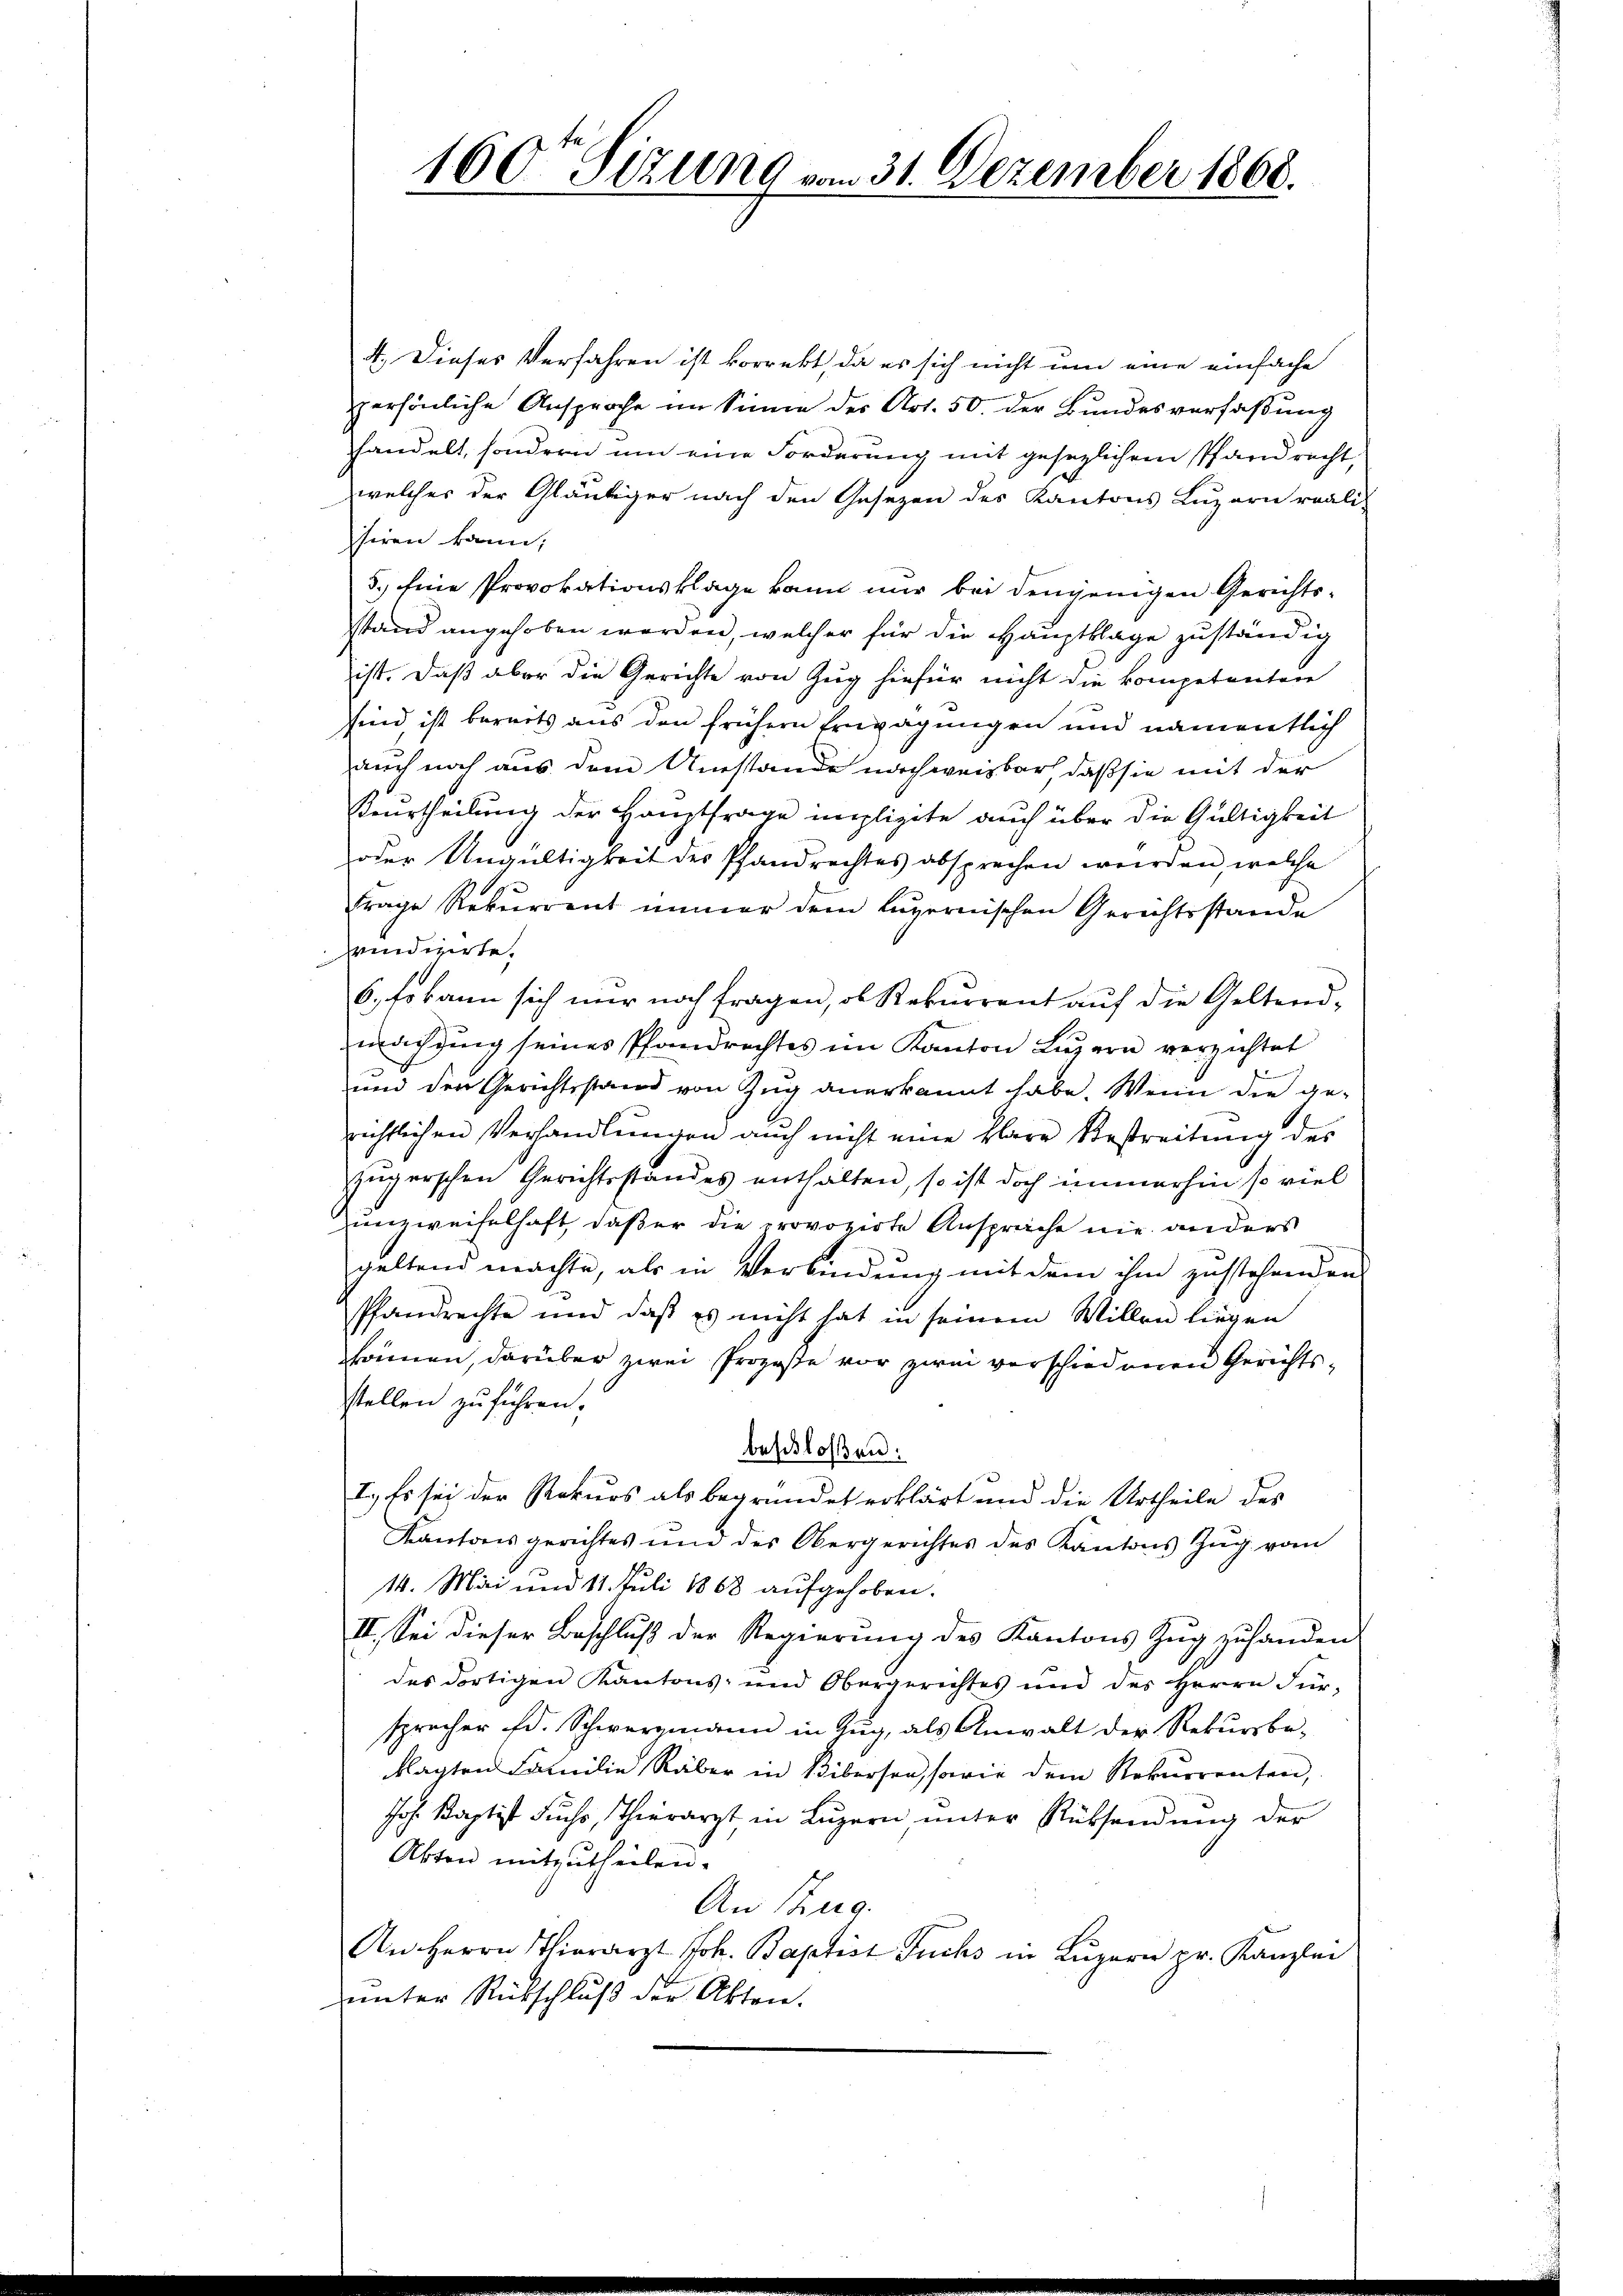
160. Sitzung vom 31. Dezember 1868.

4. Dieses Verfahren ist korrekt, da es sich nicht um eine einfache
persönliche Ansproche im Sinne des Art. 50. der Bundesverfaßung
handelt, sondern um eine Forderung mit gesezlichem Pfandrecht,
welches der Gläubiger nach den Gesezen des Kantons Luzern reali-
siren kann,
5.) Eine Provokationsklage kann nur bei denjenigen Gerichtsstand angehoben werden, welcher für die Hauptklage zuständig
ist. Daß aber die Gerichte von Zug hiefür nicht die kompetentere
sind, ist bereits aus den frühern Erwägungen und namentlich
auch noch aus dem Umstände nachweisbar, daß sie mit der
Beurtheilung der Hauptfrage implizite auch über die Gültigkeit
oder Ungültigkeit des Pfandrechtes absprechen werden, welche
Frage Rekurrent immer dem Luzernischen Gerichtsstande
windizirte,
6, so kann sich nur noch fragen, ob Rekurrent auf die Geltendmachging seines Pfandrechtes im Kanton Lŭzern verzichtet
.
.
und den Gerichtsstand von Zug anerkannt habe. Wenn die gerichtlichen Verhandlungen auch nicht eine klare Bestreitung des
zügerschen Gerichtsstandes enthalten, so ist doch immerhin so viel
unzweifelhaft, daß er die provozirte Ansprache nie anders
geltend machte, als in Verbindung mit dem ihm zustehenden
Pfandrechte und daß es nicht hat in seinem Willen liegen
können, darüber zwei Prozeße vor zwei verschiedenen Gerichtsstellen zuführen.
beschloßen:
I. Es sei der Rekurs als begründet erklärt und die Urtheile des
Kantonsgerichtes und des Obergerichtes des Kantons Zŭg vom
14. Mai und 11. Juli 1868 aufgehoben.
III. Sei dieser Beschluß der Regierung des Kantons Zug zuhanden
des dortigen Kantons- und Obergerichtes und des Herrn Für-
sprecher Ed. Schwerzmann in Zug, als Anwalt der Rekursbeklagten Familie Räber in Bibersen, sowie dem Rekurrenten,
Joh. Kaptist Fuchs, Thierarzt in Luzern unter Rücksendung der
Abten mitzutheilen.
An Zug.
An Herrn Thierarzt Joh. Baptist Fuchs in Luzern pr. Kanzlei
unter Rückschluß der Akten.